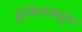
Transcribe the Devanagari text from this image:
इंजिनाकडून